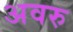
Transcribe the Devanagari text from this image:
अवरु